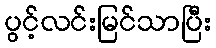
ပွင့်လင်းမြင်သာပြီး